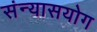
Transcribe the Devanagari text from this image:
संन्यासयोग